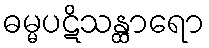
ဓမ္မပဋိသန္ထာရော